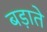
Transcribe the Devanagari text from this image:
बड़ाते